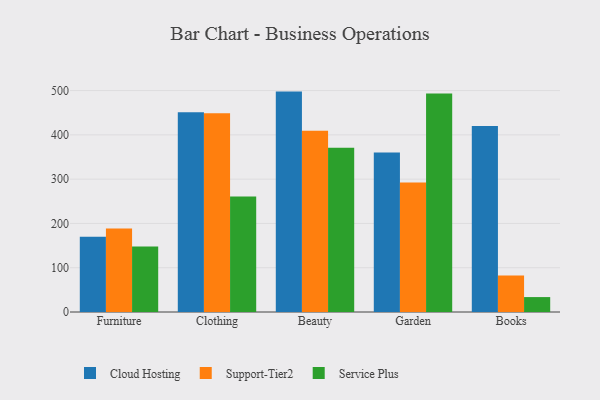
{"axis": {"x": "Category", "y": "Backlog"}, "legend": ["Cloud Hosting", "Service Plus", "Support-Tier2"], "data": [{"x": "Furniture", "y": 170.2, "type": "Cloud Hosting"}, {"x": "Furniture", "y": 188.7, "type": "Support-Tier2"}, {"x": "Furniture", "y": 147.9, "type": "Service Plus"}, {"x": "Clothing", "y": 450.8, "type": "Cloud Hosting"}, {"x": "Clothing", "y": 449.0, "type": "Support-Tier2"}, {"x": "Clothing", "y": 260.7, "type": "Service Plus"}, {"x": "Beauty", "y": 497.7, "type": "Cloud Hosting"}, {"x": "Beauty", "y": 409.3, "type": "Support-Tier2"}, {"x": "Beauty", "y": 371.1, "type": "Service Plus"}, {"x": "Garden", "y": 359.9, "type": "Cloud Hosting"}, {"x": "Garden", "y": 292.4, "type": "Support-Tier2"}, {"x": "Garden", "y": 493.5, "type": "Service Plus"}, {"x": "Books", "y": 420.1, "type": "Cloud Hosting"}, {"x": "Books", "y": 82.2, "type": "Support-Tier2"}, {"x": "Books", "y": 33.7, "type": "Service Plus"}]}